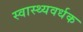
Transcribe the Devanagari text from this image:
स्‍वास्‍थ्‍यवर्धक